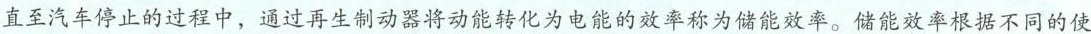
直至汽车停止的过程中，通过再生制动器将动能转化为电能的效率称为储能效率。储能效率根据不同的使